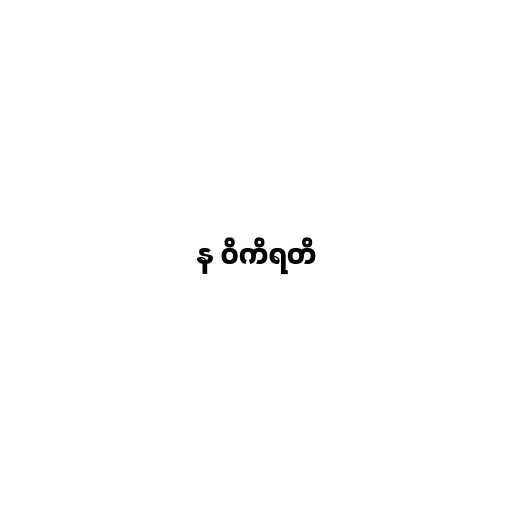
န ဝိကိရတိ